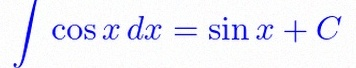
\int \cos x\,dx=\sin x+C